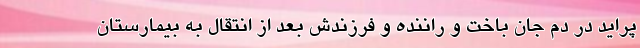
پراید در دم جان باخت و راننده و فرزندش بعد از انتقال به بیمارستان